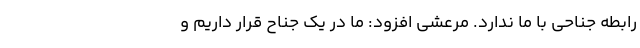
رابطه جناحی با ما ندارد. مرعشی افزود: ما در یک جناح قرار داریم و